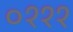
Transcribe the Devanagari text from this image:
०१११